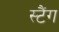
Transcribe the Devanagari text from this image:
स्टैंग